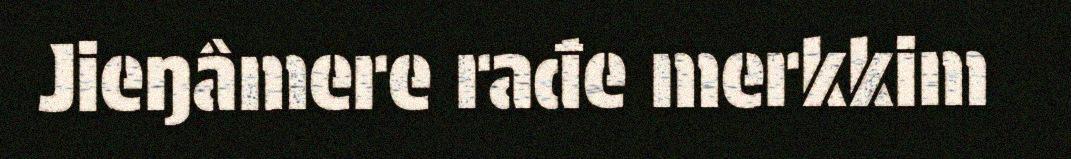
Jieŋâmere rađe merkkim